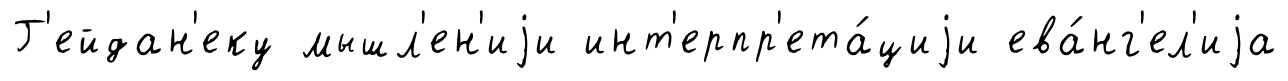
Г'ейдан'еку мышл'ен'иjи инт'ерпр'ета́циjи ева́нг'ел'иjа